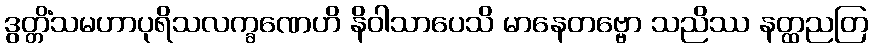
ဒွတ္တိံသမဟာပုရိသလက္ခဏေဟိ နိဝါသာပေသိ မာနေတဗ္ဗော သညိဿ နတ္ထညတြ